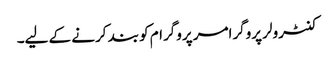
کنٹرولر پروگرامر پروگرام کو بند کرنے کے لیے۔